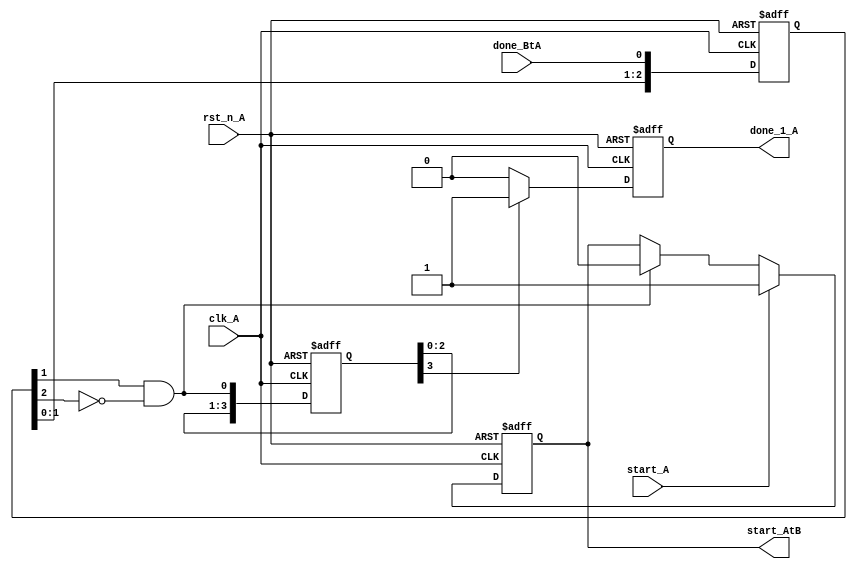
module asyn_inter_A  #(
//parameter
parameter DONE_BTA_D   = 4,
parameter NUM_SYNC_A   = 2,
parameter NUM_DELAY_A  = 2,
parameter SUM_A        = NUM_SYNC_A+NUM_DELAY_A
)(
//input
input   clk_A,
input   rst_n_A,
input   start_A,
input   done_BtA,  //fro, clock B, level
//output
output  reg start_AtB,
output  reg done_1_A
);
reg     [SUM_A-1:0]      done_sync_A   ;
wire                     done_BTA      ;
reg     [DONE_BTA_D-1:0] done_BTA_d    ;

//receive done_BtA ,become done_sync_A,get done_sync_A
always @(posedge clk_A  or negedge rst_n_A) begin
  if(~rst_n_A) begin//reset
    done_sync_A <= {SUM_A{1'b0}};
  end
  else begin  
    done_sync_A <= {done_sync_A[SUM_A-2:0],done_BtA};
  end
end

//A's start send to , pulse->level to ensure it's long enough and can be
//sampled by clock B
always @(posedge clk_A  or negedge rst_n_A) begin
  if(~rst_n_A) begin//reset
    start_AtB <= 1'b0;  
  end
  else if(start_A)begin  
    start_AtB <= 1'b1;
  end
  else if(done_BTA)begin
    start_AtB <= 1'b0;
  end
end

//after receive the signal of done_BtA,the preparation of pulling up start_A
always @(posedge clk_A  or negedge rst_n_A) begin
  if(~rst_n_A)begin
    done_BTA_d <= {DONE_BTA_D{1'b0}};
  end
  else begin
    done_BTA_d <= {done_BTA_d[DONE_BTA_D-2:0],done_BTA};
  end
end

assign done_BTA = (done_sync_A[NUM_DELAY_A-1])&(~done_sync_A[NUM_DELAY_A]);

always @(posedge clk_A  or negedge rst_n_A) begin
  if(~rst_n_A)begin
    done_1_A <= 1'b0;
  end
  else if(done_BTA_d[DONE_BTA_D-1])begin
    done_1_A <= 1'b1;
  end
  else begin
    done_1_A <= 1'b0;
  end
end
endmodule